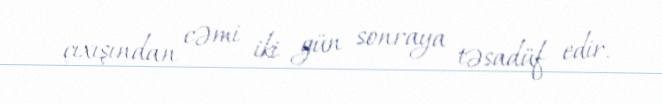
çıxışından cəmi iki gün sonraya təsadüf edir.